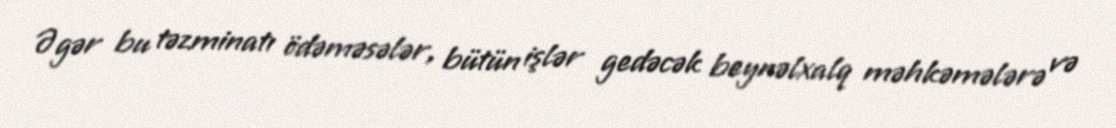
Əgər bu təzminatı ödəməsələr, bütün işlər gedəcək beynəlxalq məhkəmələrə və